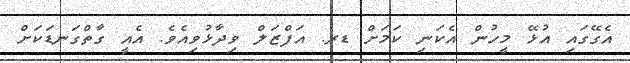
އެގޭގައި އުޅޭ މީހުން އެކަނި ކަމަށް ޑރ. އަފްޒަލް ވިދާޅުވިއެވެ. އެއީ ގާތްގަނޑަކަށް